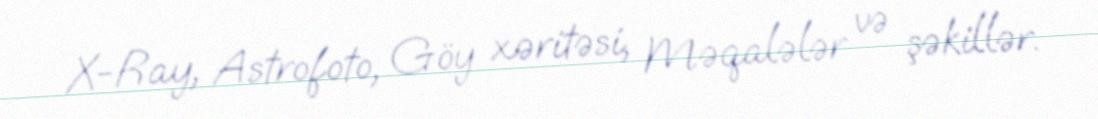
X-Ray, Astrofoto, Göy xəritəsi, Məqalələr və şəkillər.